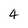
Character: 4